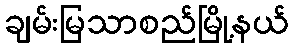
ချမ်းမြသာစည်မြို့နယ်